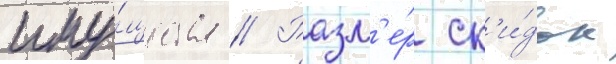
иму́щества // Разм'е́р ск'и́док